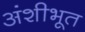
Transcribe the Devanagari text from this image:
अंशीभूत